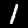
Digit: 1